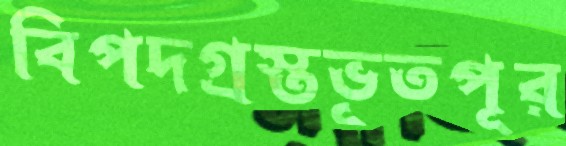
বিপদগ্রস্তভূতপূর